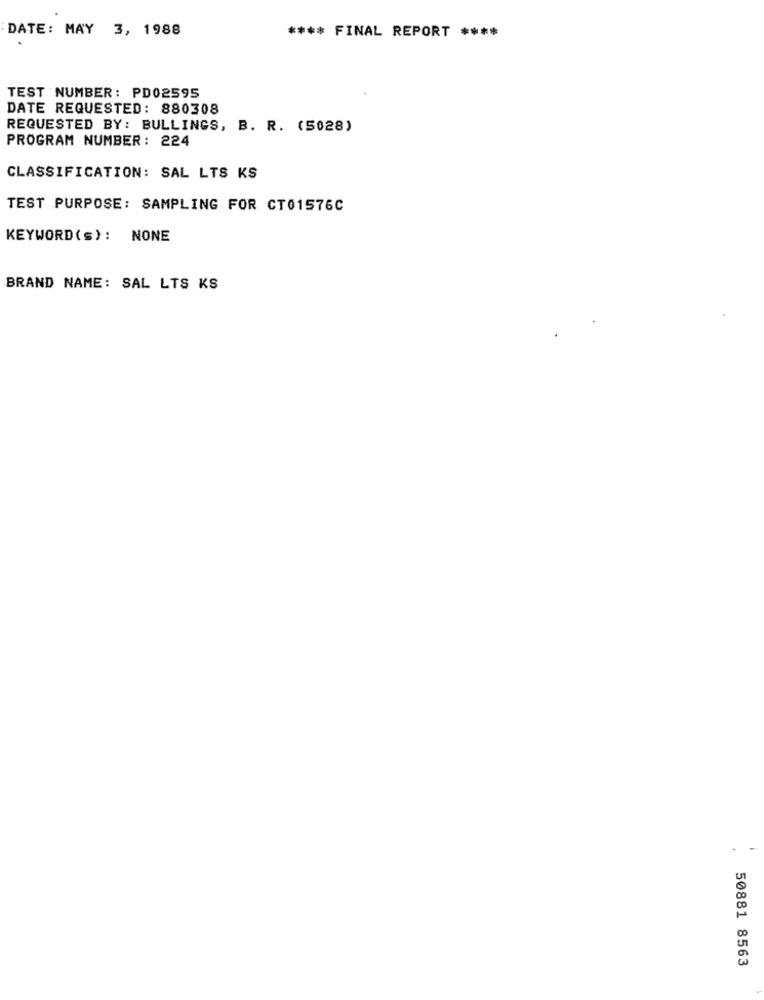
DATE: MAY 3, 1988
**** FINAL REPORT ****
TEST NUMBER: PD02595
DATE REQUESTED: 880308
REQUESTED BY: BULLINGS, B. R. (5028)
PROGRAM NUMBER: 224
CLASSIFICATION: SAL LTS KS
TEST PURPOSE: SAMPLING FOR CT01576C
KEYWORD (s): NONE
BRAND NAME: SAL LTS KS
50881 8563